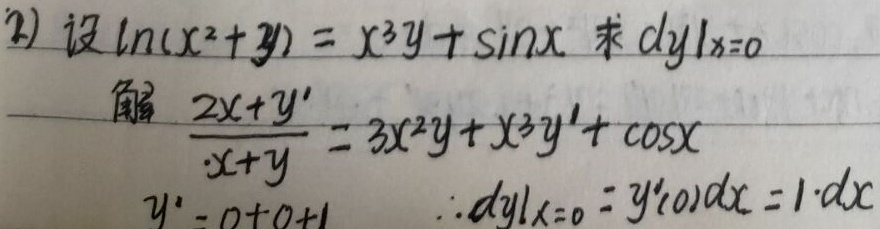
2) 设 $\ln(x^{2}+y)=x^{3}y+\sin x$，求 $\left.dy\right|_{x = 0}$。

解：$\frac{2x + y'}{x^{2}+y}=3x^{2}y+x^{3}y'+\cos x$

$y'=0 + 0+1$

$\therefore\left.dy\right|_{x = 0}=y'(0)dx = 1\cdot dx$